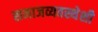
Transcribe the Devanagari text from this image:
समाजव्यवस्थेशी